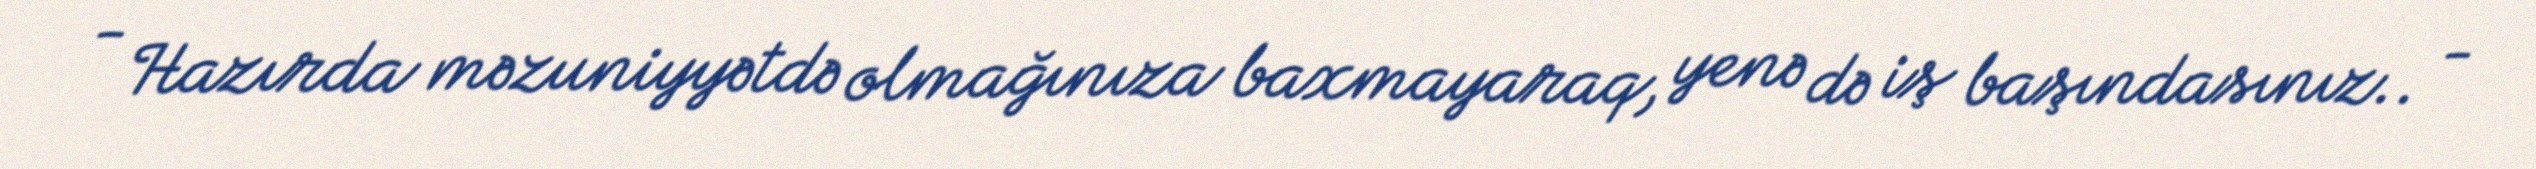
- Hazırda məzuniyyətdə olmağınıza baxmayaraq, yenə də iş başındasınız.. -